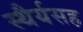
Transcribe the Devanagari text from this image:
स्थैर्यसह